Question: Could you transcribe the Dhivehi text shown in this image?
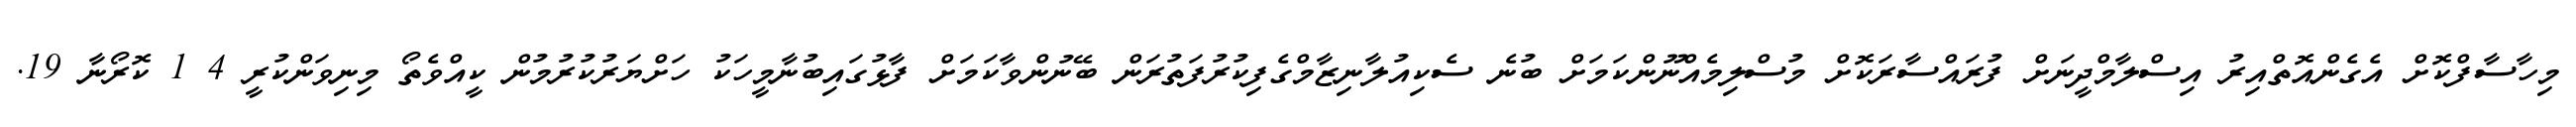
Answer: މިހާސާފްކޮށް އެގެންއޮތްއިރު އިސްލާމްދީނަށް ފުރައްސާރަކޮށް މުސްލިމެއްނޫންކަމަށް ބުނެ ސެކިއުލާނިޒާމްގެފިކުރުފަތުރަން ބޭނުންވާކަމަށް ފާޅުގައިބުނާމީހަކު ހަށްޔަރުކުރުމުން ކީއްވެތޯ މިނިވަންކުރީ 4 1 ކޮރޯނާ 19.